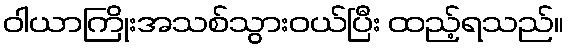
ဝါယာကြိုးအသစ်သွားဝယ်ပြီး ထည့်ရသည်။